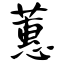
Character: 蕙